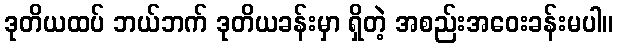
ဒုတိယထပ် ဘယ်ဘက် ဒုတိယခန်းမှာ ရှိတဲ့ အစည်းအဝေးခန်းမပါ။